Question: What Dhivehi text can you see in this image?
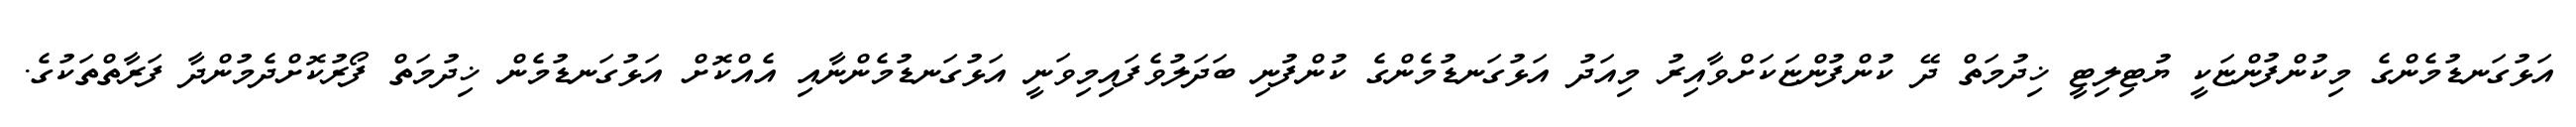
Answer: އަޅުގަނޑުމެންގެ މިކުންފުންޏަކީ ޔުޓިލިޓީ ޚިދުމަތް ދޭ ކުންފުންޏަކަށްވާއިރު މިއަދު އަޅުގަނޑުމެންގެ ކުންފުނި ބަދަލުވެފައިމިވަނީ އަޅުގަނޑުމެންނާއި އެއްކޮށް އަޅުގަނޑުމެން ޚިދުމަތް ފޯރުކޮށްދެމުންދާ ފަރާތްތަކުގެ.